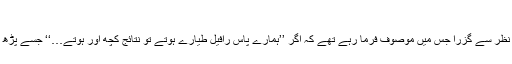
(فوٹو: انٹرنیٹ)
کچھ دن پہلے بھارتی وزیراعظم نریندر مودی کا ایک بیان نظر سے گزرا جس میں موصوف فرما رہے تھے کہ اگر ’’ہمارے پاس رافیل طیارے ہوتے تو نتائج کچھ اور ہوتے…‘‘ جسے پڑھ کر ’’فسانہ آزاد‘‘ کے مزاحیہ کردار ’’خوجی‘‘ کی یاد آگئی۔